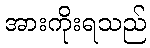
အားကိုးရသည်